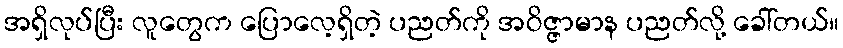
အရှိလုပ်ပြီး လူတွေက ပြောလေ့ရှိတဲ့ ပညတ်ကို အဝိဇ္ဇာမာန ပညတ်လို့ ခေါ်တယ်။